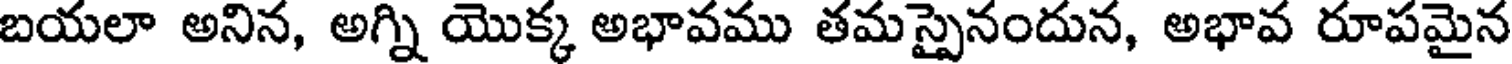
బయలా అనిన, అగ్ని యొక్క అభావము తమస్పైనందున, అభావ రూపమైన